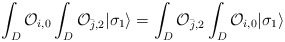
\begin{align*}\int_{D} {\cal O}_{i,0} \int_{D} {\cal O}_{{\bar j},2}| \sigma_{1} \rangle = \int_{D} {\cal O}_{{\bar j},2}\int_{D} {\cal O}_{i,0} | \sigma_{1} \rangle \\\end{align*}